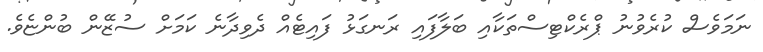
ނަމަވެސް ކުރެވުނު ޕްރެކްޓިސްތަކާއި ބަލާފައި ރަނގަޅު ފައިޓެއް ދެވިދާނެ ކަމަށް ސުޒޭން ބުންޏެވެ.